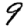
Digit: 9